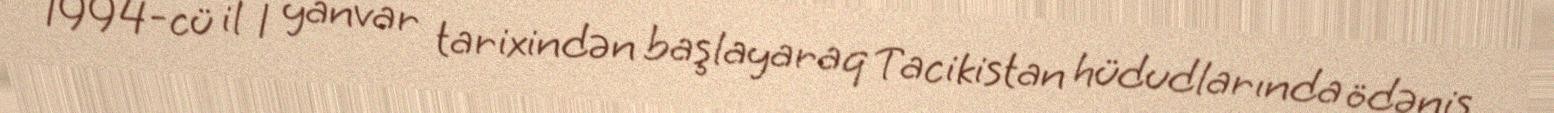
1994-cü il 1 yanvar tarixindən başlayaraq Tacikistan hüdudlarında ödəniş